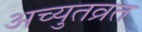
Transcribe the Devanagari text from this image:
अच्युतव्रत